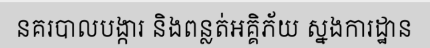
នគរបាលបង្ការ និងពន្លត់អគ្គិភ័យ ស្នងការដ្ឋាន